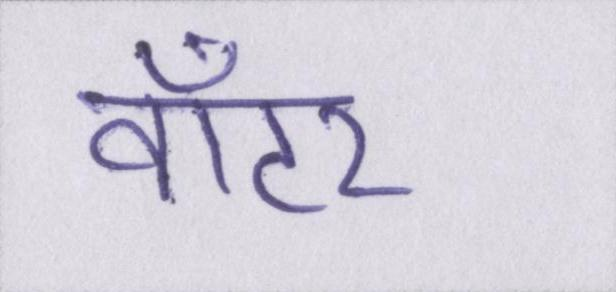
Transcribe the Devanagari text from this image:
वॉटर